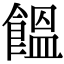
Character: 饂